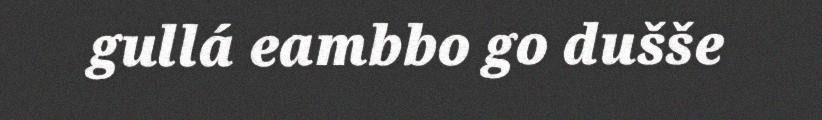
gullá eambbo go dušše